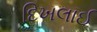
દિખલાઈ